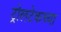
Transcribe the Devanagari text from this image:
ट्रोलटेकच्या